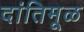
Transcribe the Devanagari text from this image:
दांतिमूळ